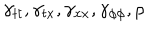
\gamma _ { t t } , \gamma _ { t x } , \gamma _ { x x } , \gamma _ { \phi \phi } , \rho